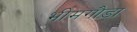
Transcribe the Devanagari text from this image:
भीमगौडा